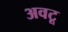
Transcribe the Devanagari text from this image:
अवटू